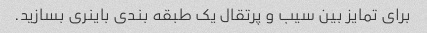
برای تمایز بین سیب و پرتقال یک طبقه بندی باینری بسازید.